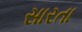
સારતા